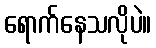
ရောက်နေသလိုပဲ။